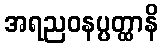
အရညဝနပ္ပတ္ထာနိ